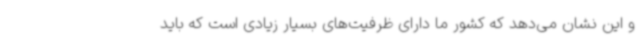
و این نشان می‌دهد که کشور ما دارای ظرفیت‌های بسیار زیادی است که باید